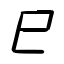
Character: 巳